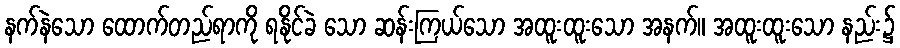
နက်နဲသော ထောက်တည်ရာကို ရနိုင်ခဲ သော ဆန်းကြယ်သော အထူးထူးသော အနက်။ အထူးထူးသော နည်း၌